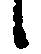
候